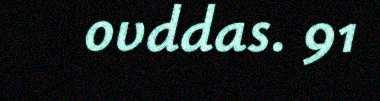
ovddas. 91